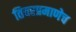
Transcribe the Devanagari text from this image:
तिवरप्रमाणेच